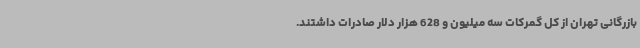
بازرگانی تهران از کل گمرکات سه میلیون و 628 هزار دلار صادرات داشتند.